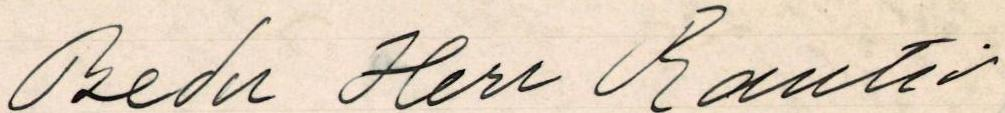
 Bedu Herr Rautio